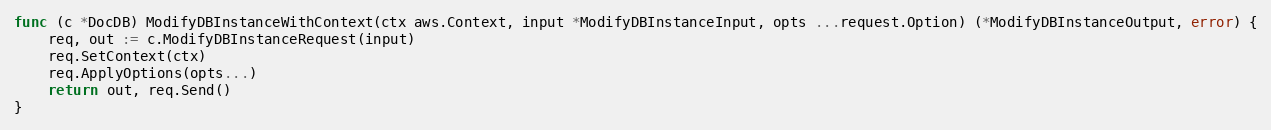
Language: Go
func (c *DocDB) ModifyDBInstanceWithContext(ctx aws.Context, input *ModifyDBInstanceInput, opts ...request.Option) (*ModifyDBInstanceOutput, error) {
	req, out := c.ModifyDBInstanceRequest(input)
	req.SetContext(ctx)
	req.ApplyOptions(opts...)
	return out, req.Send()
}